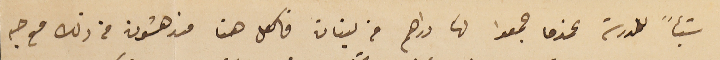
شيئاً للمدرسة عندما جمعوا لها دراهم من لبنان فالكل هنا مندهشون من ذلك مع حبه